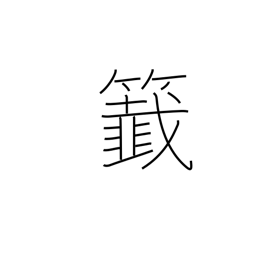
Meaning: lottery